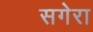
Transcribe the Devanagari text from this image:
सगेरा